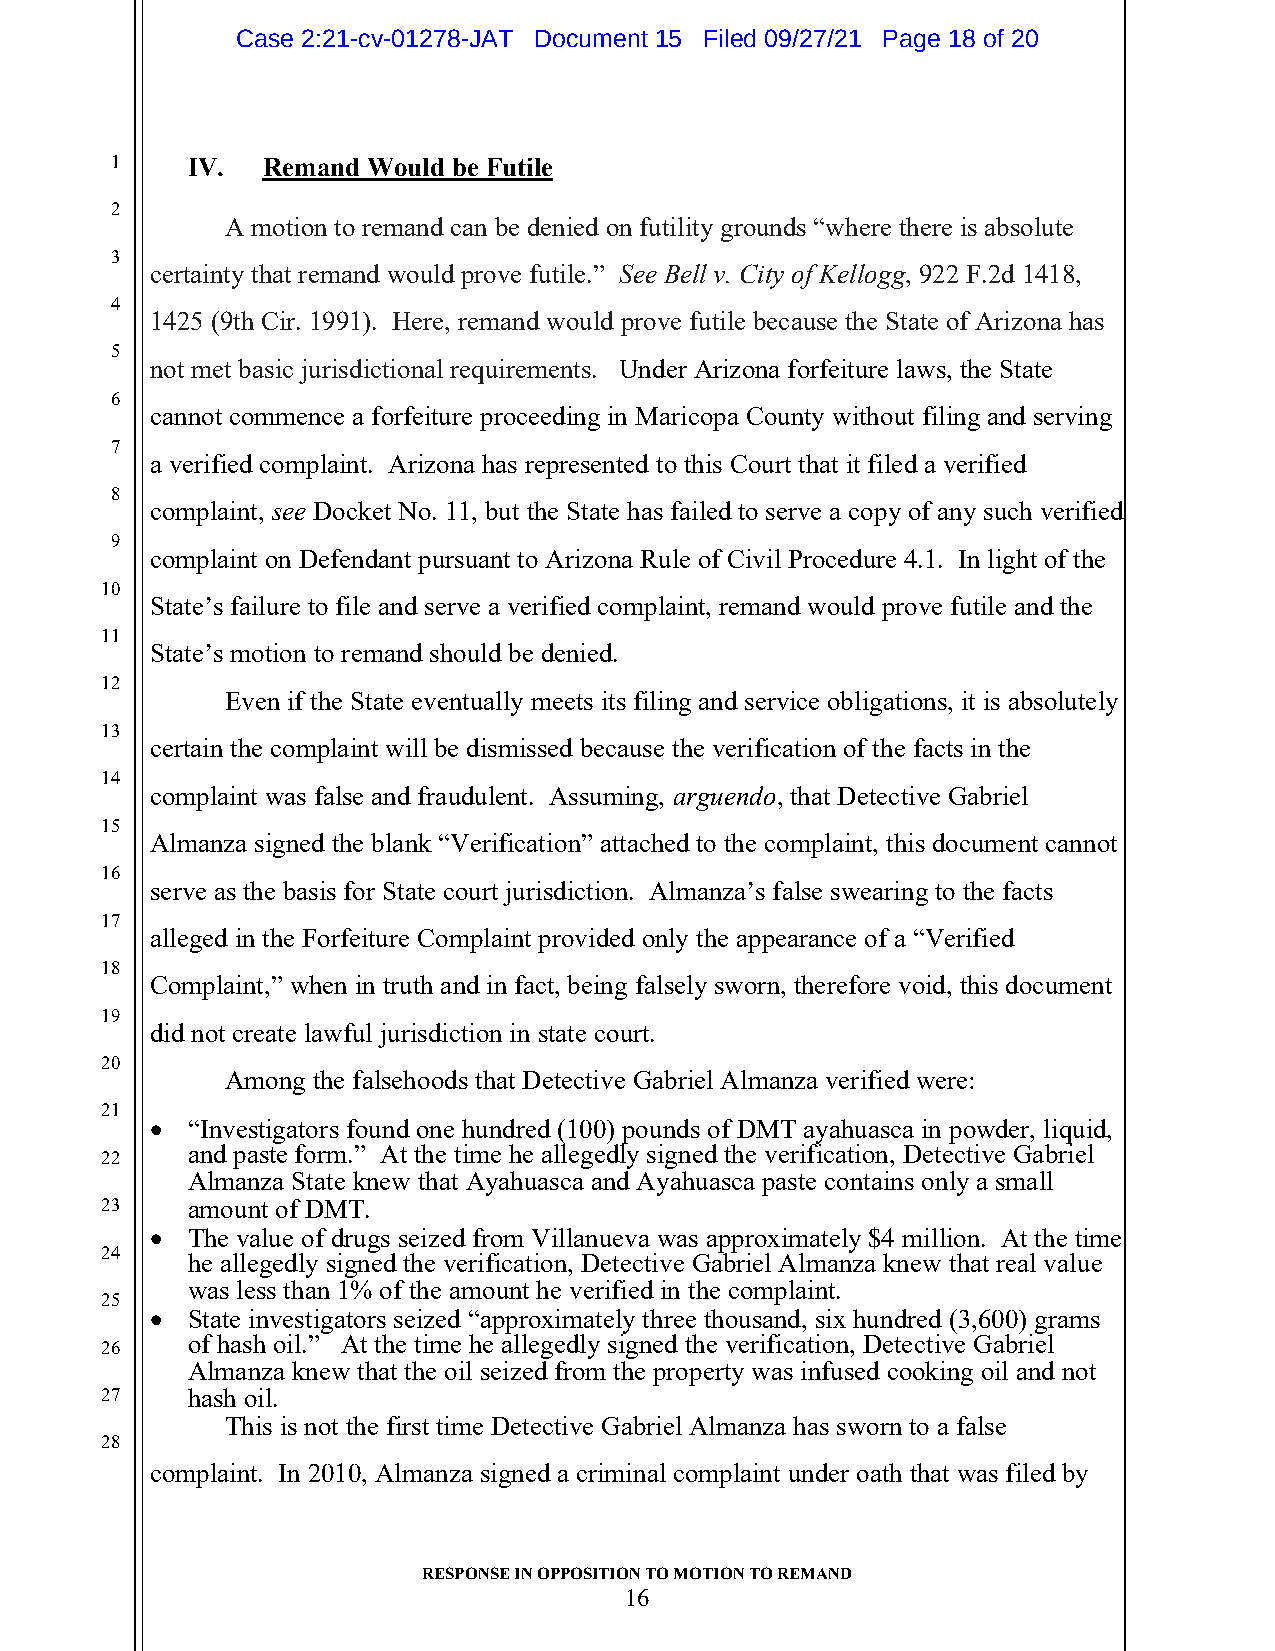
Case 2:21-cv-01278-JAT Document 15 Filed 09/27/21 Page 18 of 20
 1    IV.  Remand Would be Futile
 2
 A motion to remand can be denied on futility grounds “where there is absolute
 3
 certainty that remand would prove futile.” See Bell v. City of Kellogg, 922 F.2d 1418,
 4
 1425 (9th Cir. 1991). Here, remand would prove futile because the State of Arizona has
 5
 not met basic jurisdictional requirements. Under Arizona forfeiture laws, the State
 6
 cannot commence a forfeiture proceeding in Maricopa County without filing and serving
 7
 a verified complaint. Arizona has represented to this Court that it filed a verified
 8
 complaint, see Docket No. 11, but the State has failed to serve a copy of any such verified
 9
 complaint on Defendant pursuant to Arizona Rule of Civil Procedure 4.1. In light of the
 10
 State’s failure to file and serve a verified complaint, remand would prove futile and the
 11
 State’s motion to remand should be denied.
 12
 Even if the State eventually meets its filing and service obligations, it is absolutely
 13
 certain the complaint will be dismissed because the verification of the facts in the
 14
 complaint was false and fraudulent. Assuming, arguendo, that Detective Gabriel
 15
 Almanza signed the blank “Verification” attached to the complaint, this document cannot
 16
 serve as the basis for State court jurisdiction. Almanza’s false swearing to the facts
 17
 alleged in the Forfeiture Complaint provided only the appearance of a “Verified
 18
 Complaint,” when in truth and in fact, being falsely sworn, therefore void, this document
 19
 did not create lawful jurisdiction in state court.
 20
 Among the falsehoods that Detective Gabriel Almanza verified were:
 21
  “Investigators found one hundred (100) pounds of DMT ayahuasca in powder, liquid,
 and paste form.” At the time he allegedly signed the verification, Detective Gabriel
 22
 Almanza State knew that Ayahuasca and Ayahuasca paste contains only a small
 23   amount of DMT.
  The value of drugs seized from Villanueva was approximately $4 million. At the time
 24
 he allegedly signed the verification, Detective Gabriel Almanza knew that real value
 was less than 1% of the amount he verified in the complaint.
 25
  State investigators seized “approximately three thousand, six hundred (3,600) grams
 of hash oil.” At the time he allegedly signed the verification, Detective Gabriel
 26
 Almanza knew that the oil seized from the property was infused cooking oil and not
 27   hash oil.
 This is not the first time Detective Gabriel Almanza has sworn to a false
 28
 complaint. In 2010, Almanza signed a criminal complaint under oath that was filed by
 RESPONSE IN OPPOSITION TO MOTION TO REMAND
 16